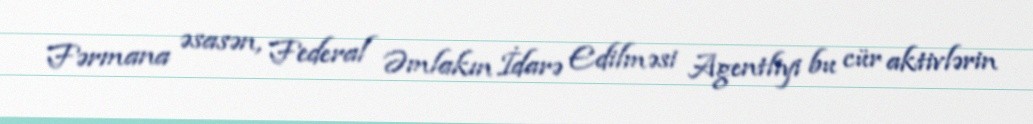
Fərmana əsasən, Federal Əmlakın İdarə Edilməsi Agentliyi bu cür aktivlərin